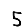
Digit: 5